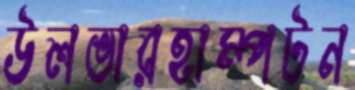
উলভারহাম্পটন